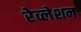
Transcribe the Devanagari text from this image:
रेव्लेशन